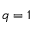
q = 1